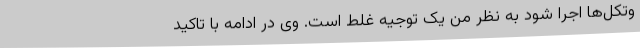
وتکل‌ها اجرا شود به نظر من یک توجیه غلط است. وی در ادامه با تاکید